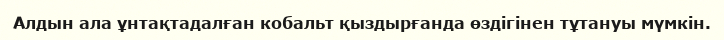
Алдын ала ұнтақтадалған кобальт қыздырғанда өздігінен тұтануы мүмкін.